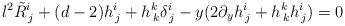
LaTeX: \begin{align*}l^2 \tilde R^i_{\, j} + (d-2) h^i_{\, j}+ h^k_{\,k}\delta^i_{\, j} - y(2\partial_y h^i_{\, j}+h^k_{\, k}h^i_{\, j}) =0\end{align*}